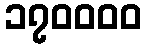
၁၇၀၀၀၀